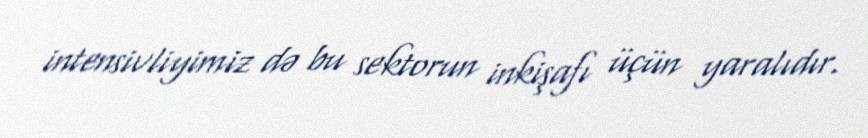
intensivliyimiz də bu sektorun inkişafı üçün yaralıdır.